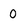
Character: 0